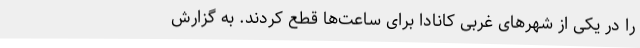
را در یکی از شهرهای غربی کانادا برای ساعت‌ها قطع کردند. به گزارش